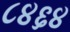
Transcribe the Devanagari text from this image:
८४६४